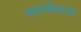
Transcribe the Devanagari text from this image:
नगरकेंद्राला